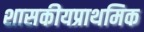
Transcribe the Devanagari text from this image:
शासकीयप्राथमिक